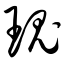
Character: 瑰